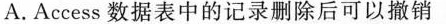
A.Access数据表中的记录删除后可以撤销